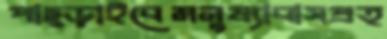
পাছ্‌ড়াইবেমনুষ্যাবাসপ্রত্